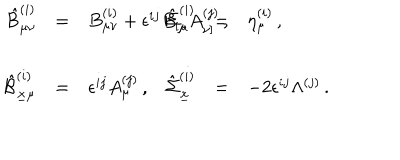
LaTeX: \begin{array} { r c l r c l } { { \hat { \cal B } _ { \mu \nu } ^ { ( i ) } } } & { { = } } & { { B _ { \mu \nu } ^ { ( i ) } + \epsilon ^ { i j } B _ { [ \mu } A _ { \nu ] } ^ { ( j ) } \, , \hspace { 1 c m } } } & { { \hat { \Sigma } _ { \mu } ^ { ( i ) } } } & { { = } } & { { \eta _ { \mu } ^ { ( i ) } \, , } } \\ { { } } & { { } } & { { } } & { { } } & { { } } & { { } } \\ { { \hat { \cal B } _ { \underline { { { x } } } \mu } ^ { ( i ) } } } & { { = } } & { { \epsilon ^ { i j } A _ { \mu } ^ { ( j ) } \, , } } & { { \hat { \Sigma } _ { \underline { { { x } } } } ^ { ( i ) } } } & { { = } } & { { - 2 \epsilon ^ { i j } \Lambda ^ { ( j ) } \, . } } \\ \end{array}